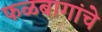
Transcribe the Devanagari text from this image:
फळबागांचे